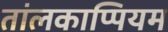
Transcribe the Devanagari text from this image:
तांलकाप्पियम